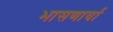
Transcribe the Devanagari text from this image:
भासणार्या